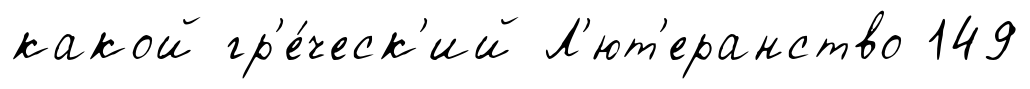
какой гр'е́ческ'ий Л'ют'еранство 149